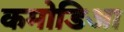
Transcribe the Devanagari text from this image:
कमोडिआ